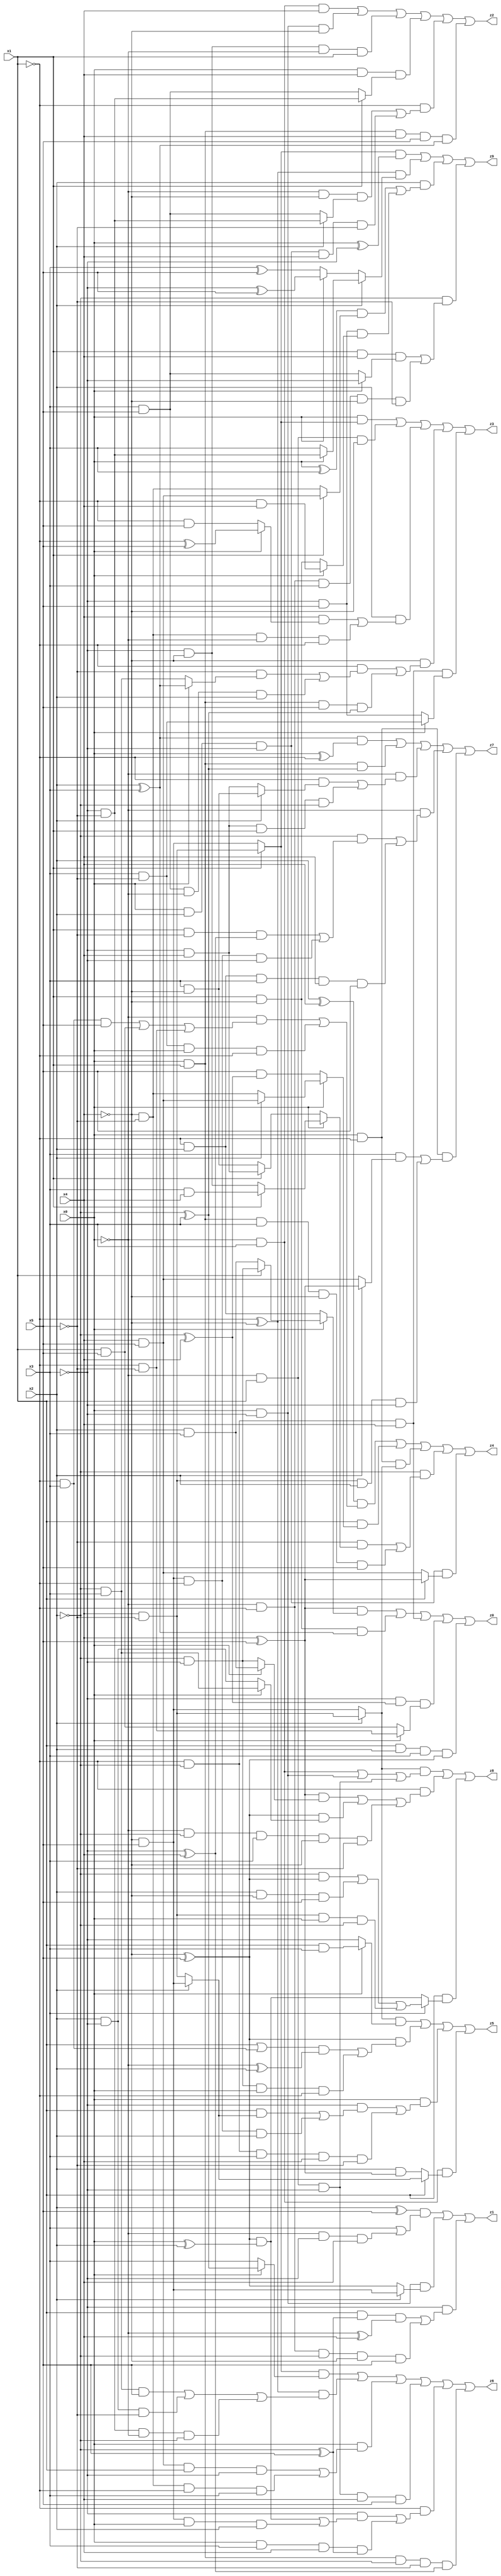
// Benchmark "X_72" written by ABC on Mon Jun 05 20:20:52 2023

module X_72 ( 
    x0, x1, x2, x3, x4, x5,
    z0, z1, z2, z3, z4, z5, z6, z7, z8, z9  );
  input  x0, x1, x2, x3, x4, x5;
  output z0, z1, z2, z3, z4, z5, z6, z7, z8, z9;
  assign z0 = ((x4 ^ x5) & (x0 ? (x1 ? (~x2 & ~x3) : (x2 & x3)) : (~x1 & x2))) | (x1 & ~x4 & (x2 ^ x3)) | (~x1 & ~x2 & x4) | (~x3 & (~x2 ^ x4) & (x0 ? (~x1 & ~x5) : (x1 & x5))) | (x1 & x2 & x3 & (~x4 ^ x5));
  assign z1 = ((x2 ^ x5) & (x3 | (~x0 & ~x3 & x4))) | (x0 & ~x3 & (x2 ? (~x4 & x5) : (~x4 ^ x5))) | (~x3 & ((x1 & (~x2 ^ x5) & (~x0 ^ x4)) | (~x0 & ~x1 & ~x2 & ~x4 & x5)));
  assign z2 = (~x0 & x3 & x4) | (x0 & ~x3 & ~x4) | (~x3 & ~x4 & ~x0 & x1) | (x0 & x4 & (x1 ? (~x3 & ~x5) : (x3 & x5))) | (~x1 & ((~x0 & ~x4 & (x2 ? (~x3 & ~x5) : (x3 & x5))) | (x0 & x2 & ~x3 & x4 & ~x5))) | (x0 & x1 & x4 & x5 & (x2 ^ x3));
  assign z3 = (x0 & (x1 ? (x4 & ~x5) : (~x4 & x5))) | (~x0 & x1 & ~x4) | (x2 & ((x4 & (x0 ? (~x1 ^ x5) : (~x1 & x5))) | (~x4 & ~x5 & ~x0 & ~x1))) | (~x4 & ((~x1 & ((~x5 & (x0 ? (x2 ^ x3) : (~x2 & x3))) | (x3 & x5 & ~x0 & x2))) | (x0 & x1 & x5 & (~x2 ^ x3)))) | (~x1 & ~x2 & x4 & (x0 ? (x3 & ~x5) : (~x3 & x5)));
  assign z4 = ((x2 ^ x4) & ((~x0 & ((~x1 & x3 & x5) | (x1 & x5) | (~x1 & ~x5))) | (x3 & ~x5 & x0 & ~x1))) | (x1 & (x0 ? (x2 ? (x4 & x5) : (~x4 & ~x5)) : (x5 & (~x2 ^ x4)))) | (x0 & ~x1 & (x2 ? (x4 & ~x5) : (~x4 & x5))) | (~x2 & ((~x5 & (x0 ? (x1 ? (x3 & x4) : (~x3 & ~x4)) : (x1 ? (~x3 & x4) : (x3 & ~x4)))) | (x0 & x1 & x3 & ~x4 & x5))) | (x0 & x2 & ~x3 & (x1 ? (x4 ^ x5) : (x4 & x5)));
  assign z5 = ((x2 ? (x4 & ~x5) : (~x4 & x5)) & (x0 ? (x1 & x3) : ~x3)) | ((~x4 ^ x5) & (((x1 | (~x1 & x3)) & (~x0 ^ x2)) | (~x2 & ~x3 & x0 & ~x1))) | (x0 & ((~x3 & ((x1 & (x2 ? (~x4 & x5) : (x4 & ~x5))) | (~x4 & x5 & ~x1 & x2))) | (~x1 & ~x2 & x3 & x4 & ~x5))) | (~x0 & x3 & (x1 ? (x2 ? (~x4 & x5) : (x4 & ~x5)) : (x2 & (x4 ^ x5))));
  assign z6 = ((x1 ? (x4 & ~x5) : (~x4 & x5)) & (x0 ? (~x2 ^ x3) : x3)) | ((~x1 ^ ~x4) & ((~x2 & x3 & x5) | (x2 & ~x3 & ~x5) | (~x3 & ~x5 & ~x0 & ~x2))) | (x0 & ((x4 & x5 & x1 & ~x3) | (~x4 & ~x5 & ~x1 & x3))) | (~x0 & x1 & ~x3 & x4 & x5) | (~x1 & ((~x3 & (((~x4 ^ x5) & (x0 ^ x2)) | (~x4 & x5 & x0 & x2))) | (x0 & x3 & x4 & (~x2 ^ x5)))) | (x0 & x1 & ~x2 & ~x5 & (~x3 ^ x4));
  assign z7 = ((x2 ^ x3) & (x0 ^ ~x1)) | (x0 & x1 & (~x2 ^ x3)) | (~x0 & ((~x1 & (x2 ? (x3 & ~x4) : (~x3 & x4))) | (~x3 & x4 & x1 & ~x2))) | (~x0 & ((~x2 & ((x1 & ~x5 & (~x3 ^ x4)) | (~x4 & x5 & ~x1 & ~x3))) | (~x1 & x2 & x3 & x4 & x5))) | (x0 & ~x1 & ((x3 & (x2 ? (x4 ^ x5) : (x4 & x5))) | (x4 & ~x5 & x2 & ~x3)));
  assign z8 = ((x2 ? (x4 & ~x5) : (~x4 & x5)) & ((~x0 & x3) | (x0 & ~x3) | (~x0 & x1 & ~x3))) | (~x1 & (((x4 ^ x5) & (x0 ? (x2 & x3) : (~x2 & ~x3))) | ((~x4 ^ x5) & (x0 ? (~x2 & x3) : (x2 & ~x3))) | (~x0 & ~x2 & x3 & ~x4 & ~x5))) | (x1 & (x3 ? ((~x2 & (~x4 ^ x5)) | (x2 & ~x4 & x5) | (x4 & ~x5 & x0 & ~x2)) : ((~x4 ^ x5) & (x0 ^ x2))));
  assign z9 = ((x1 ? (x4 & ~x5) : (~x4 & x5)) & (x0 ^ ~x3)) | ((~x1 ^ ~x4) & (x2 ? (x0 ? (~x3 & ~x5) : x3) : (x0 ? (~x3 ^ x5) : (x3 ^ x5)))) | (x2 & (((x0 ^ x3) & (x1 ? (x4 & x5) : (~x4 & ~x5))) | (~x3 & x5 & (x0 ? (~x1 & x4) : (x1 & ~x4))))) | (~x2 & ((x1 & x4 & (x0 ? ~x3 : (x3 & x5))) | (~x0 & ~x1 & x3 & ~x4 & ~x5)));
endmodule